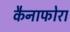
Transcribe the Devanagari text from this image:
कैनाफोरा